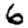
Digit: 6